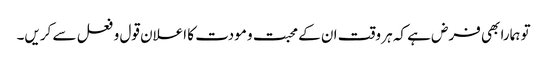
تو ہمارا بھی فرض ہے کہ ہر وقت ان کے محبت و مودت کا اعلان قول و فعل سے کریں۔